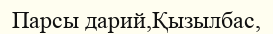
Парсы дарий,Қызылбас,